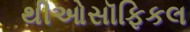
થીઓસૉફિકલ